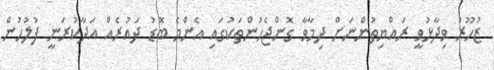
ޒުހޫރު ވިދާޅުވީ ރައްޔިތުންނަށް ދިމާވާ ގޮންޖެހުންތަކުގައި އެންމެ ބޮޑު ދައުރެއް އަދާކުރަނީ ފުލުހުން